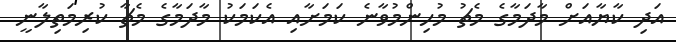
އަދި ކާޔާއަށް މާދަމާގެ މެޗު މުހިންމުވާނެ ކަމަށާއި އެކަމަކު މާދަމާގެ މެޗާ ކުރިމަތިލާނީ